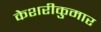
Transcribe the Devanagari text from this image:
केशरीकुमार